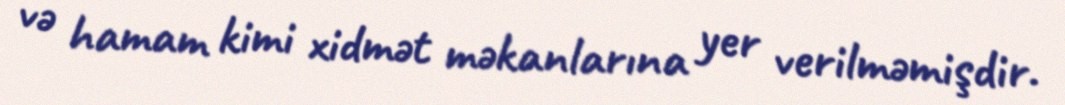
və hamam kimi xidmət məkanlarına yer verilməmişdir.